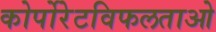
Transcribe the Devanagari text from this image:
कोर्पोरेटविफलताओ